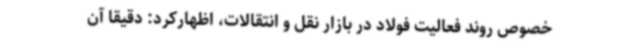
خصوص روند فعالیت فولاد در بازار نقل و انتقالات، اظهارکرد: دقیقا آن